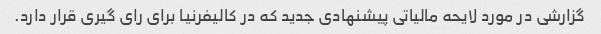
گزارشی در مورد لایحه مالیاتی پیشنهادی جدید که در کالیفرنیا برای رای گیری قرار دارد.